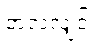
တလလျှင်